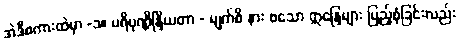
အဲဒီစကားထဲမှာ -၁။ ပရိပုဏ္ဏိန္ဒြိယတာ - မျက်စိ နား စသော ဣန္ဒြေများ ပြည့်စုံခြင်းလည်း